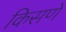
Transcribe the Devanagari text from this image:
किसणे